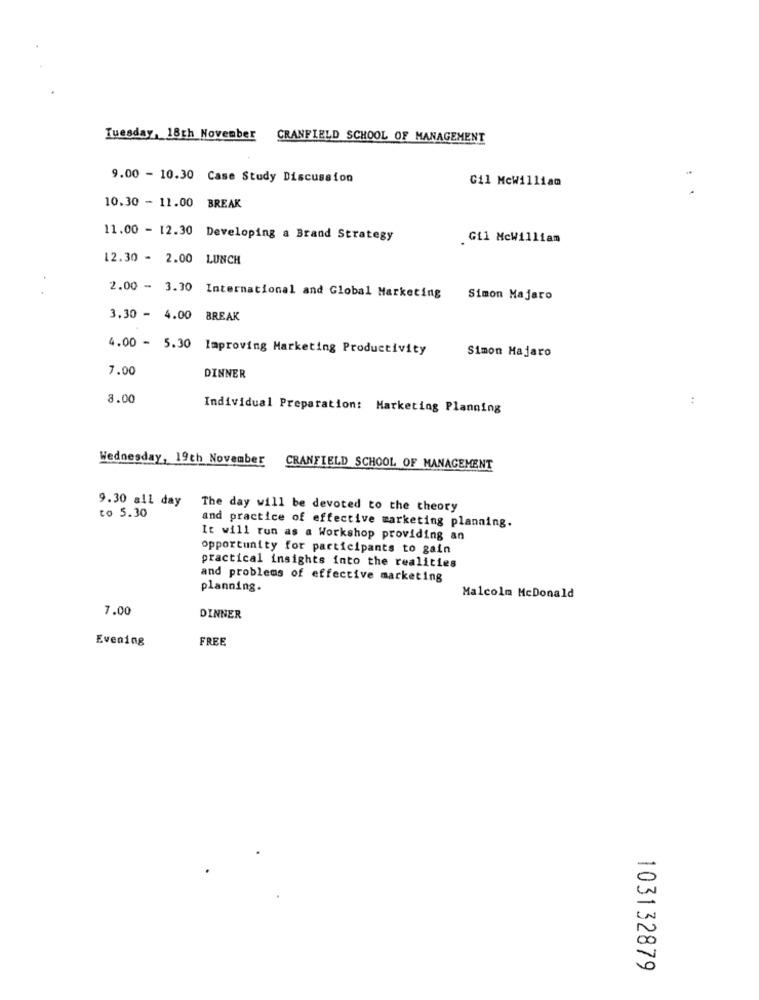
Tuesday, 18th November CRANFIELD SCHOOL OF MANAGEMENT
9.00 - 10.30 Case Study Discussion
Gil MeWilliam
10.30 - 11.00
BREAK
11.00 - 12.30 Developing a Brand Strategy
Gil MeWilliam
12.30 - 2.00 LUNCH
2.00 - 3.30 International and Global Marketing
Simon Majaro
3.30 - 4.00 BREAK
4.00 - 5.30 Improving Marketing Productivity
Simon Majaro
7.00
DINNER
8.00
Individual Preparation: Marketing Planning
Wednesday, 19th November CRANFIELD SCHOOL OF MANAGEMENT
9.30 all day
The day will be devoted to the theory
to 5.30
and practice of effective marketing planning.
It will run as a Workshop providing an
opportunity for participants to gain
practical insights into the realities
and problems of effective marketing
planning.
Malcolm McDonald
7.00
DINNER
Evening
FREE
103132879